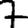
Digit: 7